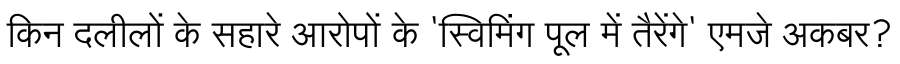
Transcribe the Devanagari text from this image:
किन दलीलों के सहारे आरोपों के 'स्विमिंग पूल में तैरेंगे' एमजे अकबर?